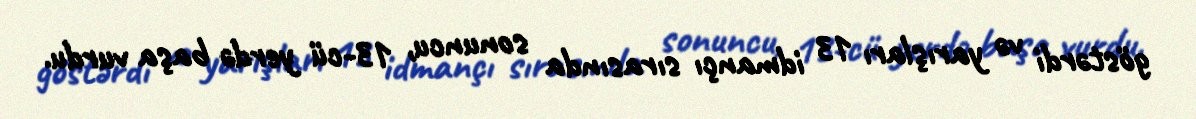
göstərdi və yarışları 13 idmançı sırasında sonuncu, 13-cü yerdə başa vurdu.